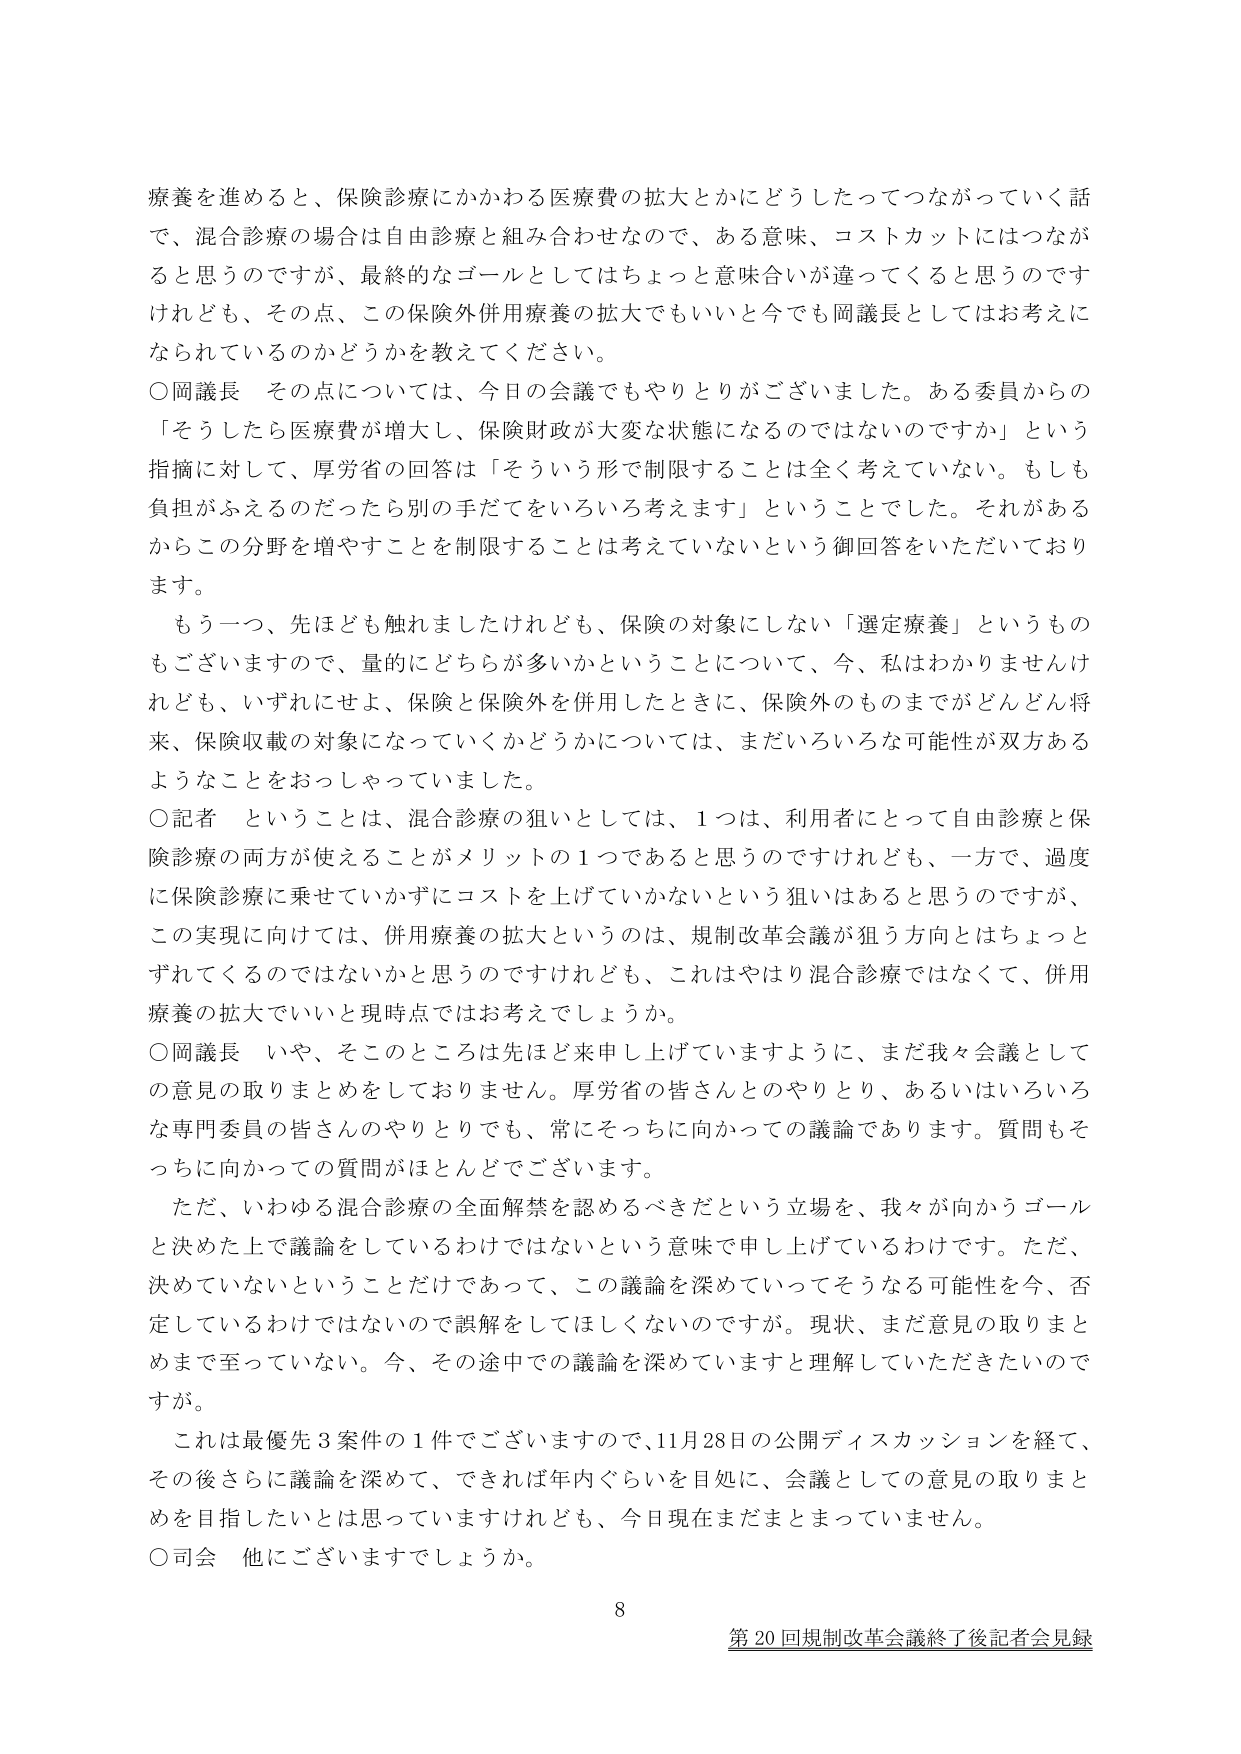
療養を進めると、保険診療にかかわる医療費の拡大とかにどうしたってつながっていく話で、混合診療の場合は自由診療と組み合わせなので、ある意味、コストカットにはつながると思うのですが、最終的なゴールとしてはちょっと意味合いが違ってくると思うのですけれども、その点、この保険外併用療養の拡大でもいいと今でも岡議長としてはお考えになられているのかどうかを教えてください。

○岡議長　その点については、今日の会議でもやりとりがございました。ある委員からの「そうしたら医療費が増大し、保険財政が大変な状態になるのではないのですか」という指摘に対して、厚労省の回答は「そういう形で制限することは全く考えていない。もしも負担がふえるのだったら別の手だてをいろいろ考えます」ということでした。それがあるからこの分野を増やすことを制限することは考えていないという御回答をいただいております。

　もう一つ、先ほども触れましたけれども、保険の対象にしない「選定療養」というものもございますので、量的にどちらが多いかということについて、今、私はわかりませんけれども、いずれにせよ、保険と保険外を併用したときに、保険外のものまでがどんどん将来、保険収載の対象になっていくかどうかについては、まだいろいろな可能性が双方あるようなことをおっしゃっていました。

○記者　ということは、混合診療の狙いとしては、1つは、利用者にとって自由診療と保険診療の両方が使えることがメリットの1つであると思うのですけれども、一方で、過度に保険診療に乗せていかずにコストを上げていかないという狙いはあると思うのですが、この実現に向けては、併用療養の拡大というのは、規制改革会議が狙う方向とはちょっとずれてくるのではないかと思うのですけれども、これはやはり混合診療ではなくて、併用療養の拡大でいいと現時点ではお考えでしょうか。

○岡議長　いや、そこのところは先ほど来申し上げていますように、まだ我々会議としての意見の取りまとめをしておりません。厚労省の皆さんとのやりとり、あるいはいろいろな専門委員の皆さんのやりとりでも、常にそっちに向かっての議論であります。質問もそっちに向かっての質問がほとんどでございます。

　ただ、いわゆる混合診療の全面解禁を認めるべきだという立場を、我々が向かうゴールと決めた上で議論をしているわけではないという意味で申し上げているわけです。ただ、決めていないということだけであって、この議論を深めていってそうななる可能性を今、否定しているわけではないので誤解をしてほしくないのですが。現状、まだ意見の取りまとめまで至っていない。今、その途中での議論を深めていますと理解していただきたいのですが。

　これは最優先3案件の1件でございますので、11月28日の公開ディスカッションを経て、その後さらに議論を深めて、できれば年内ぐらいを目処に、会議としての意見の取りまとめを目指したいとは思っていますけれども、今日現在まだまとまっていません。

○司会　他にございますでしょうか。

8

第20回規制改革会議終了後記者会見録